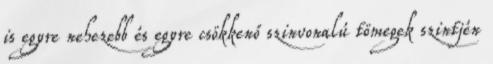
is egyre nehezebb és egyre csökkenő szinvonalú tömegek szintjén